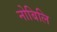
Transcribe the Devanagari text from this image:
नोबिलि